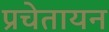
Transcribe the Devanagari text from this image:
प्रचेतायन